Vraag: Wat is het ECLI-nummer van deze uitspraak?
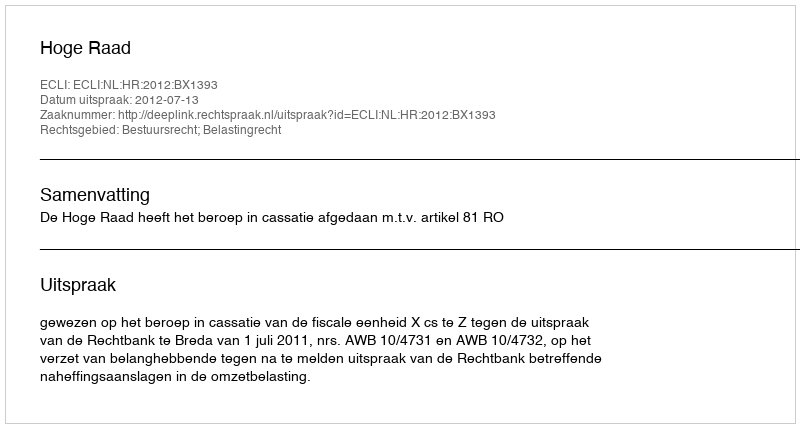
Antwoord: ECLI:NL:HR:2012:BX1393